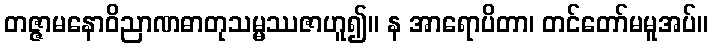
တဇ္ဇာမနောဝိညာဏဓာတုသမ္မဿဇာဟူ၍။ န အာရောပိတာ၊ တင်တော်မမူအပ်။